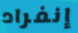
إنفراد